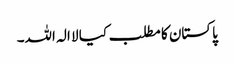
پاکستان کا مطلب کیا لا الہ اللہ۔